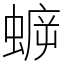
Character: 蝷